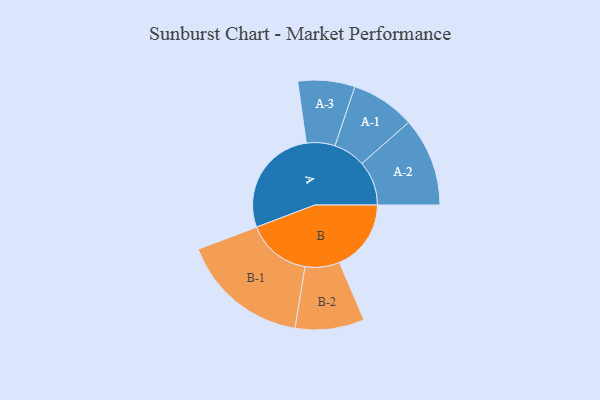
{"axis": {"x": "Segment", "y": "Value"}, "legend": ["", "A", "B"], "data": [{"x": "A", "y": 436, "type": ""}, {"x": "B", "y": 284, "type": ""}, {"x": "A-1", "y": 127, "type": "A"}, {"x": "A-2", "y": 176, "type": "A"}, {"x": "A-3", "y": 113, "type": "A"}, {"x": "B-1", "y": 255, "type": "B"}, {"x": "B-2", "y": 137, "type": "B"}]}